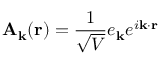
\mathbf { A } _ { \mathbf { k } } ( \mathbf { r } ) = { \frac { 1 } { \sqrt { V } } } e _ { \mathbf { k } } e ^ { i \mathbf { k } \cdot \mathbf { r } }